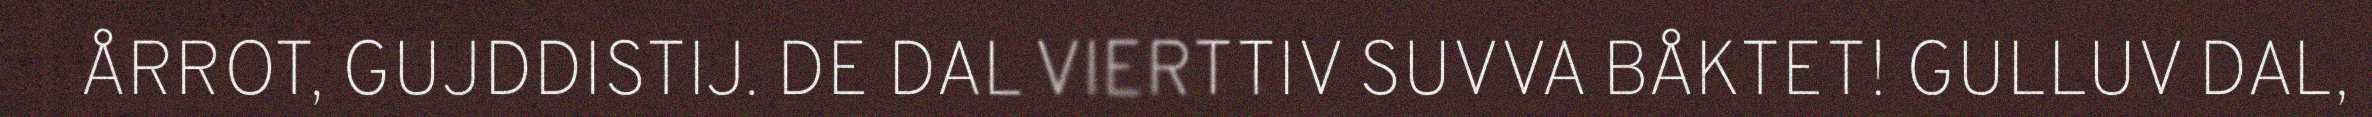
ÅRROT, GUJDDISTIJ. DE DAL VIERTTIV SUVVA BÅKTET! GULLUV DAL,